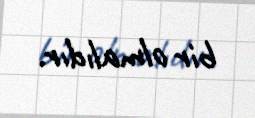
bir olmalıdır.